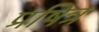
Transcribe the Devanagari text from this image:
प्रषित्र